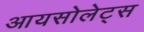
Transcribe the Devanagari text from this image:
आयसोलेट्स